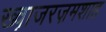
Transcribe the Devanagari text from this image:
ख्व़ाजरज़मशाह